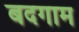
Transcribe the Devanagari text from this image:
बदगाम